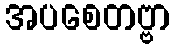
အပစေတဗ္ဗာ